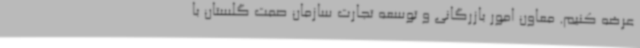
عرضه کنیم. معاون امور بازرگانی و توسعه تجارت سازمان صمت گلستان با